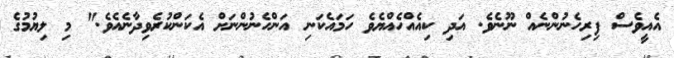
އެއީވެސް ފިރިހެނުންނެއް ނޫނެވެ. އަދި ކިއެއްހެއްޔެވެ ހަމައެކަނި އަންހެނުންނަށް އެކަންކުރެވިދާނެއެވެ." މި ލިޔުމުގެ